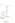
أو